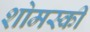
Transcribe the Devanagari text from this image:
शोमस्की